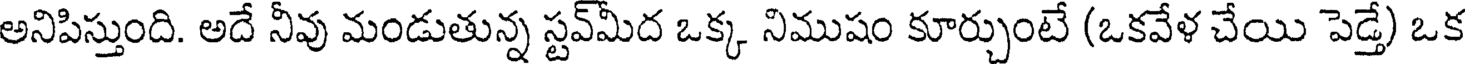
అనిపిస్తుంది. అదే నీవు మండుతున్న స్టవ్మీద ఒక్క నిముషం కూర్చుంటే (ఒకవేళ చేయి పెడ్తే) ఒక